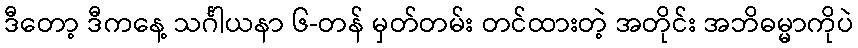
ဒီတော့ ဒီကနေ့ သင်္ဂါယနာ ၆-တန် မှတ်တမ်း တင်ထားတဲ့ အတိုင်း အဘိဓမ္မာကိုပဲ